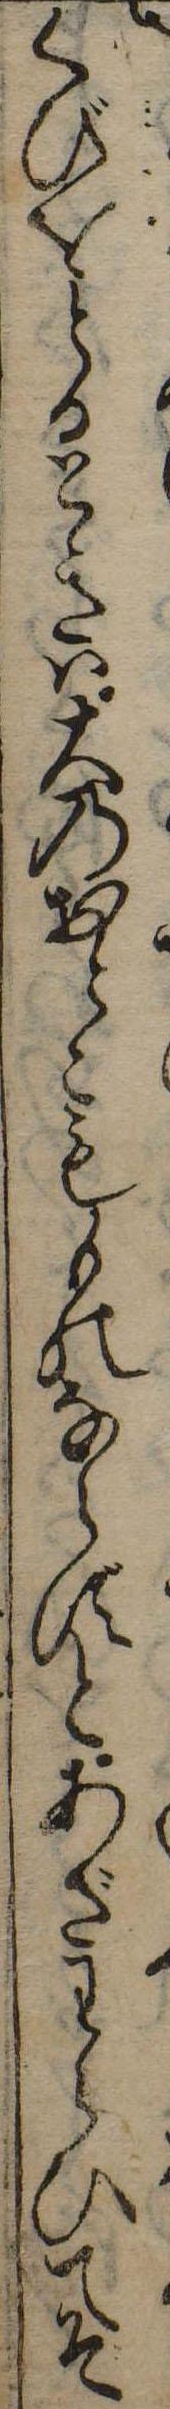
くびをとるときは大のおとこもものならずとあざわらひてそ